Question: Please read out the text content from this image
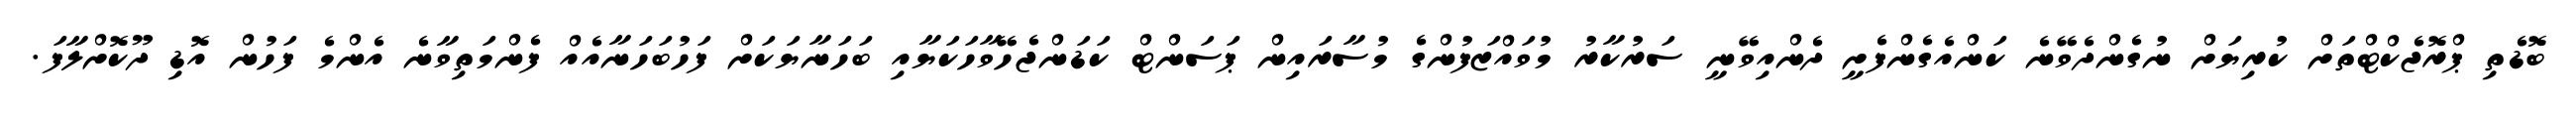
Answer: ބޮޑެތި ޕްރޮޖެކްޓްތަށް ކުރިޔަށް ނުގެންދެވޭނެ ކަންއެގެންފެށީ ދެންއިވޭނީ ސަރުކާރު މުވައްޒަފުންގެ މުސާރައިން ޕަސަންޓް ކަޑަންޖެހޭވާހަކަޔާއި ބަހަނާޔަކަށް ފަހުބަހަނާއެއް ފެންމަތިވާނެ އެންމެ ފަހުން އޮޑި ދޫކޮށްލާފަ.